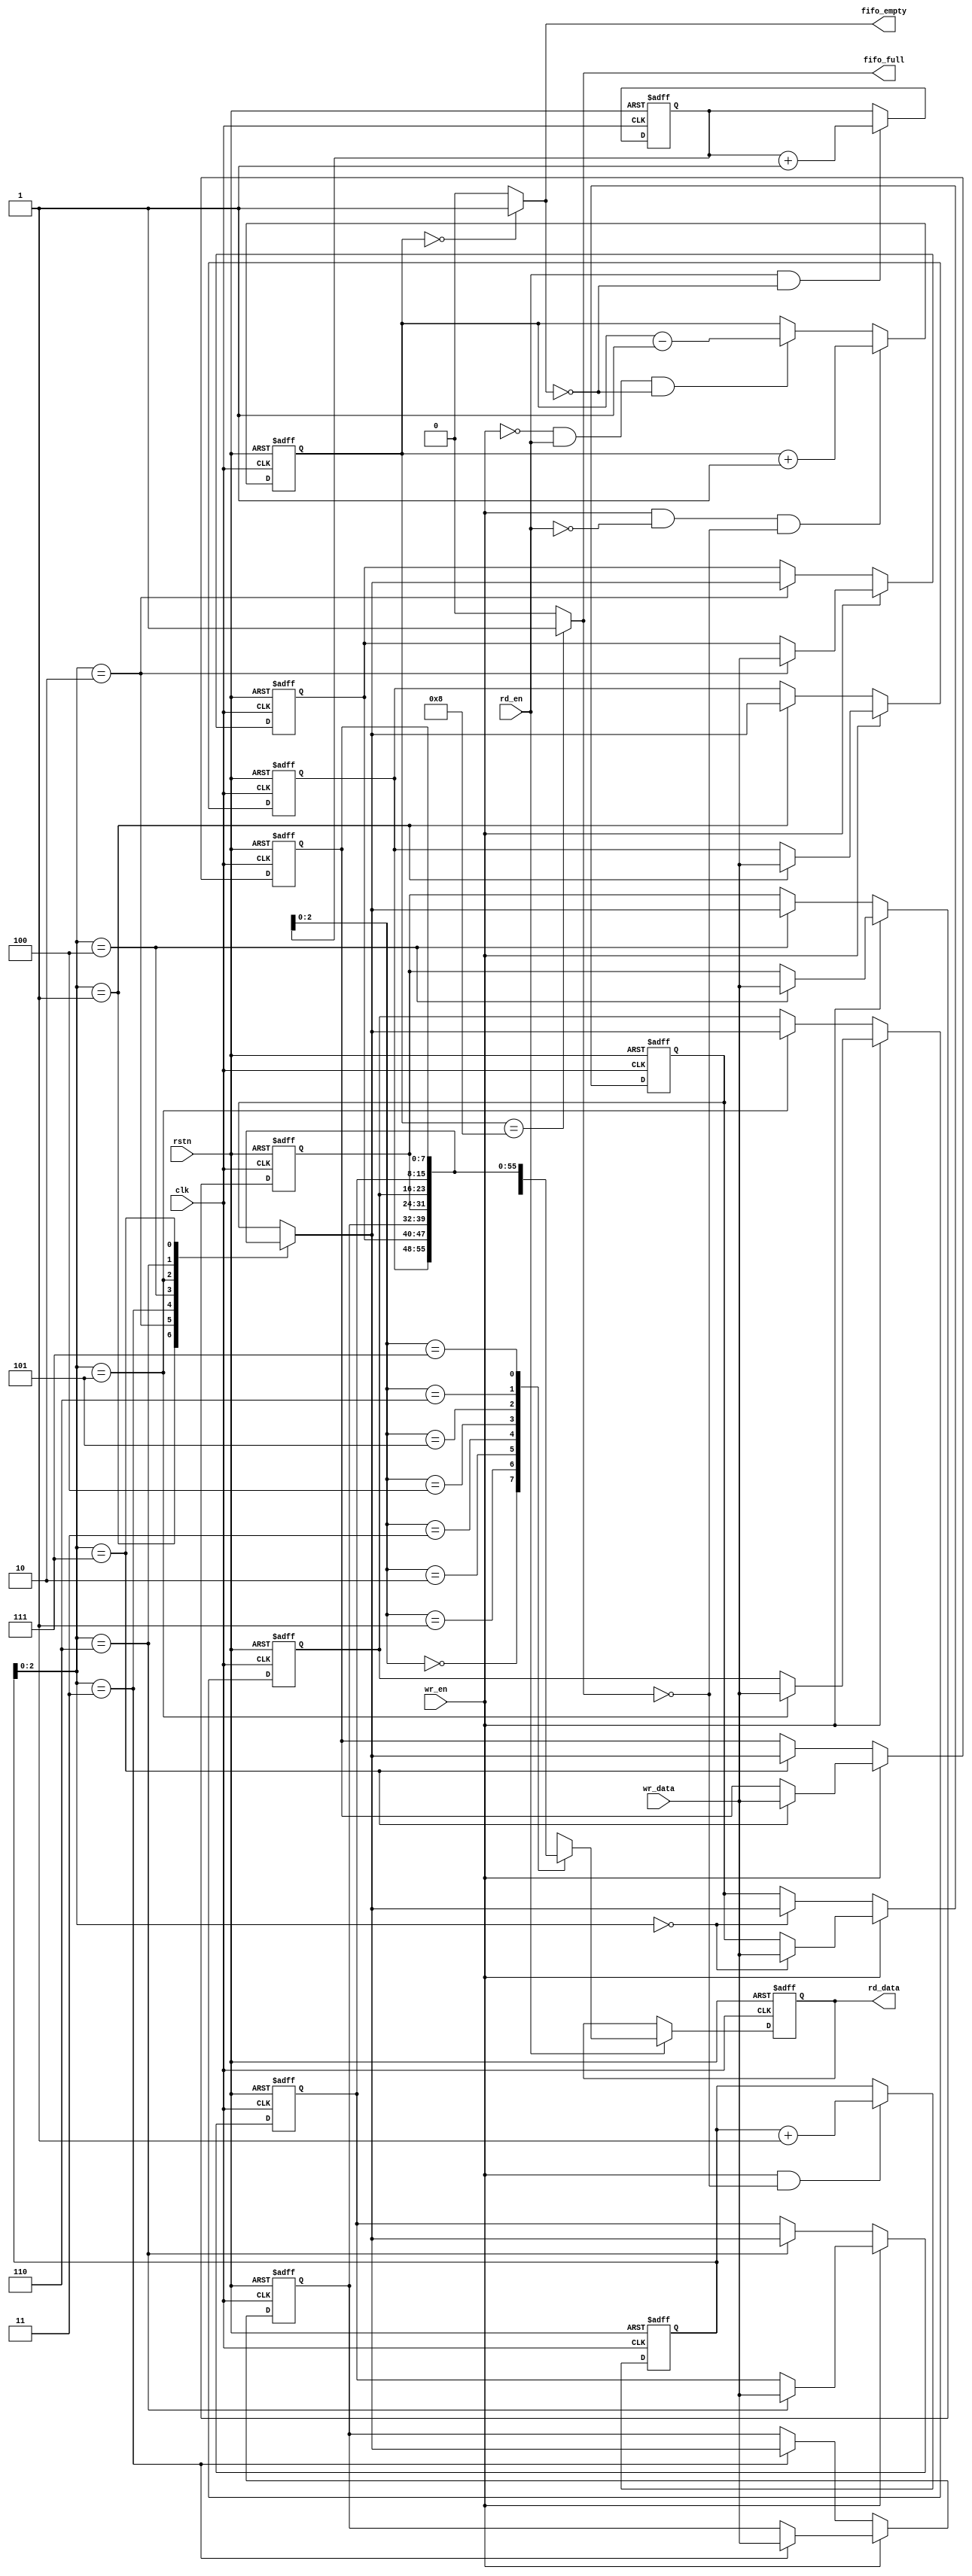
module syn_fifo(clk, rstn, wr_en, rd_en, wr_data, rd_data, fifo_full, fifo_empty);

    //
    parameter   width = 8;
    parameter   depth = 8;
    parameter   addr  = 3;

    //
    input   clk;    //
    input   rstn;   //
    input   wr_en;  //
    input   rd_en;  //

    //
    input   [width - 1 : 0] wr_data;    //
    output  [width - 1 : 0] rd_data;    //

    reg [width - 1 : 0] rd_data;

    //
    output  fifo_full;
    output  fifo_empty;

    //
    reg [$clog2(depth): 0] cnt;

    //
    reg [depth - 1 : 0] wr_ptr;
    reg [depth - 1 : 0] rd_ptr;

    //widthdepthfifo
    reg [width - 1 : 0] fifo [depth - 1 : 0];

    //
    always @ (posedge clk or negedge rstn) begin
        if(!rstn)
            wr_ptr <= 0;
        else if(wr_en && !fifo_full)    //fifo
            wr_ptr <= wr_ptr + 1;
        else
            wr_ptr <= wr_ptr;
    end

    //
    always @ (posedge clk or negedge rstn) begin
        if(!rstn)
            rd_ptr <= 0;
        else if(rd_en && !fifo_empty)   //fifo
            rd_ptr <= rd_ptr + 1;
        else
            rd_ptr <= rd_ptr;
    end

    //
    integer i;

    always @ (posedge clk or negedge rstn) begin
        if(!rstn) begin //fifo
            for(i = 0; i < depth; i = i + 1)
                fifo[i] <= 0;
        end
        else if(wr_en)  //fifo
            fifo[wr_ptr] <= wr_data;
        else    //
            fifo[wr_ptr] <= fifo[wr_ptr];
    end

    //
    always @ (posedge clk or negedge rstn) begin
        if(!rstn)
            rd_data <= 0;
        else if (rd_en)
            rd_data <= fifo[rd_ptr];    //fifo
        else
            rd_data <= rd_data;
    end

    //
    always @ (posedge clk or negedge rstn) begin
        if(!rstn)
            cnt <= 0;
        else if (wr_en && !rd_en && !fifo_full) //
            cnt <= cnt + 1;
        else if (!wr_en && rd_en && !fifo_empty) //
            cnt <= cnt - 1;
        else 
            cnt <= cnt;
    end

    //
    assign fifo_full = (cnt == depth)? 1 : 0;
    assign fifo_empty = (cnt == 0) ? 1 : 0;
endmodule